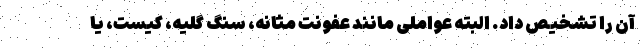
آن را تشخیص داد. البته عواملی مانند عفونت مثانه، سنگ گلیه، کیست، یا